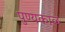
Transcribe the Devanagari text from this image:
पुण्यकाळ